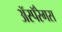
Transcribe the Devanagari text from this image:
ॲस्पॅरेगस